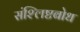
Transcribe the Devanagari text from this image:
संश्लिष्टबोध